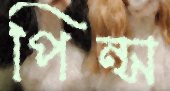
পিন্স